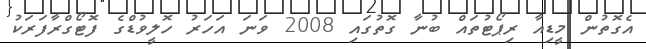
އެގޮތުން މީޑިއާ ރިޕޯޓުތައް ބުނާ ގޮތުގައި 2008 ވަނަ އަހަރު ހޮލީވުޑްގެ ފޮޓޯގްރާފަރަކު